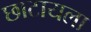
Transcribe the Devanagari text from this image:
छाटायला